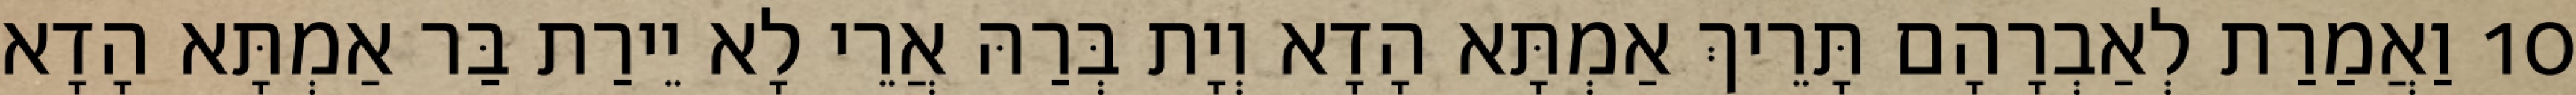
10 וַאֲמַרַת לְאַבְרָהָם תָּרֵיךְ אַמְתָּא הָדָא וְיָת בְּרַהּ אֲרֵי לָא יֵירַת בַּר אַמְתָּא הָדָא